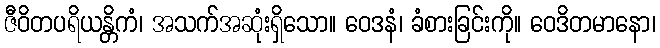
ဇီဝိတပရိယန္တိကံ၊ အသက်အဆုံးရှိသော။ ဝေဒနံ၊ ခံစားခြင်းကို။ ဝေဒိတမာနော၊